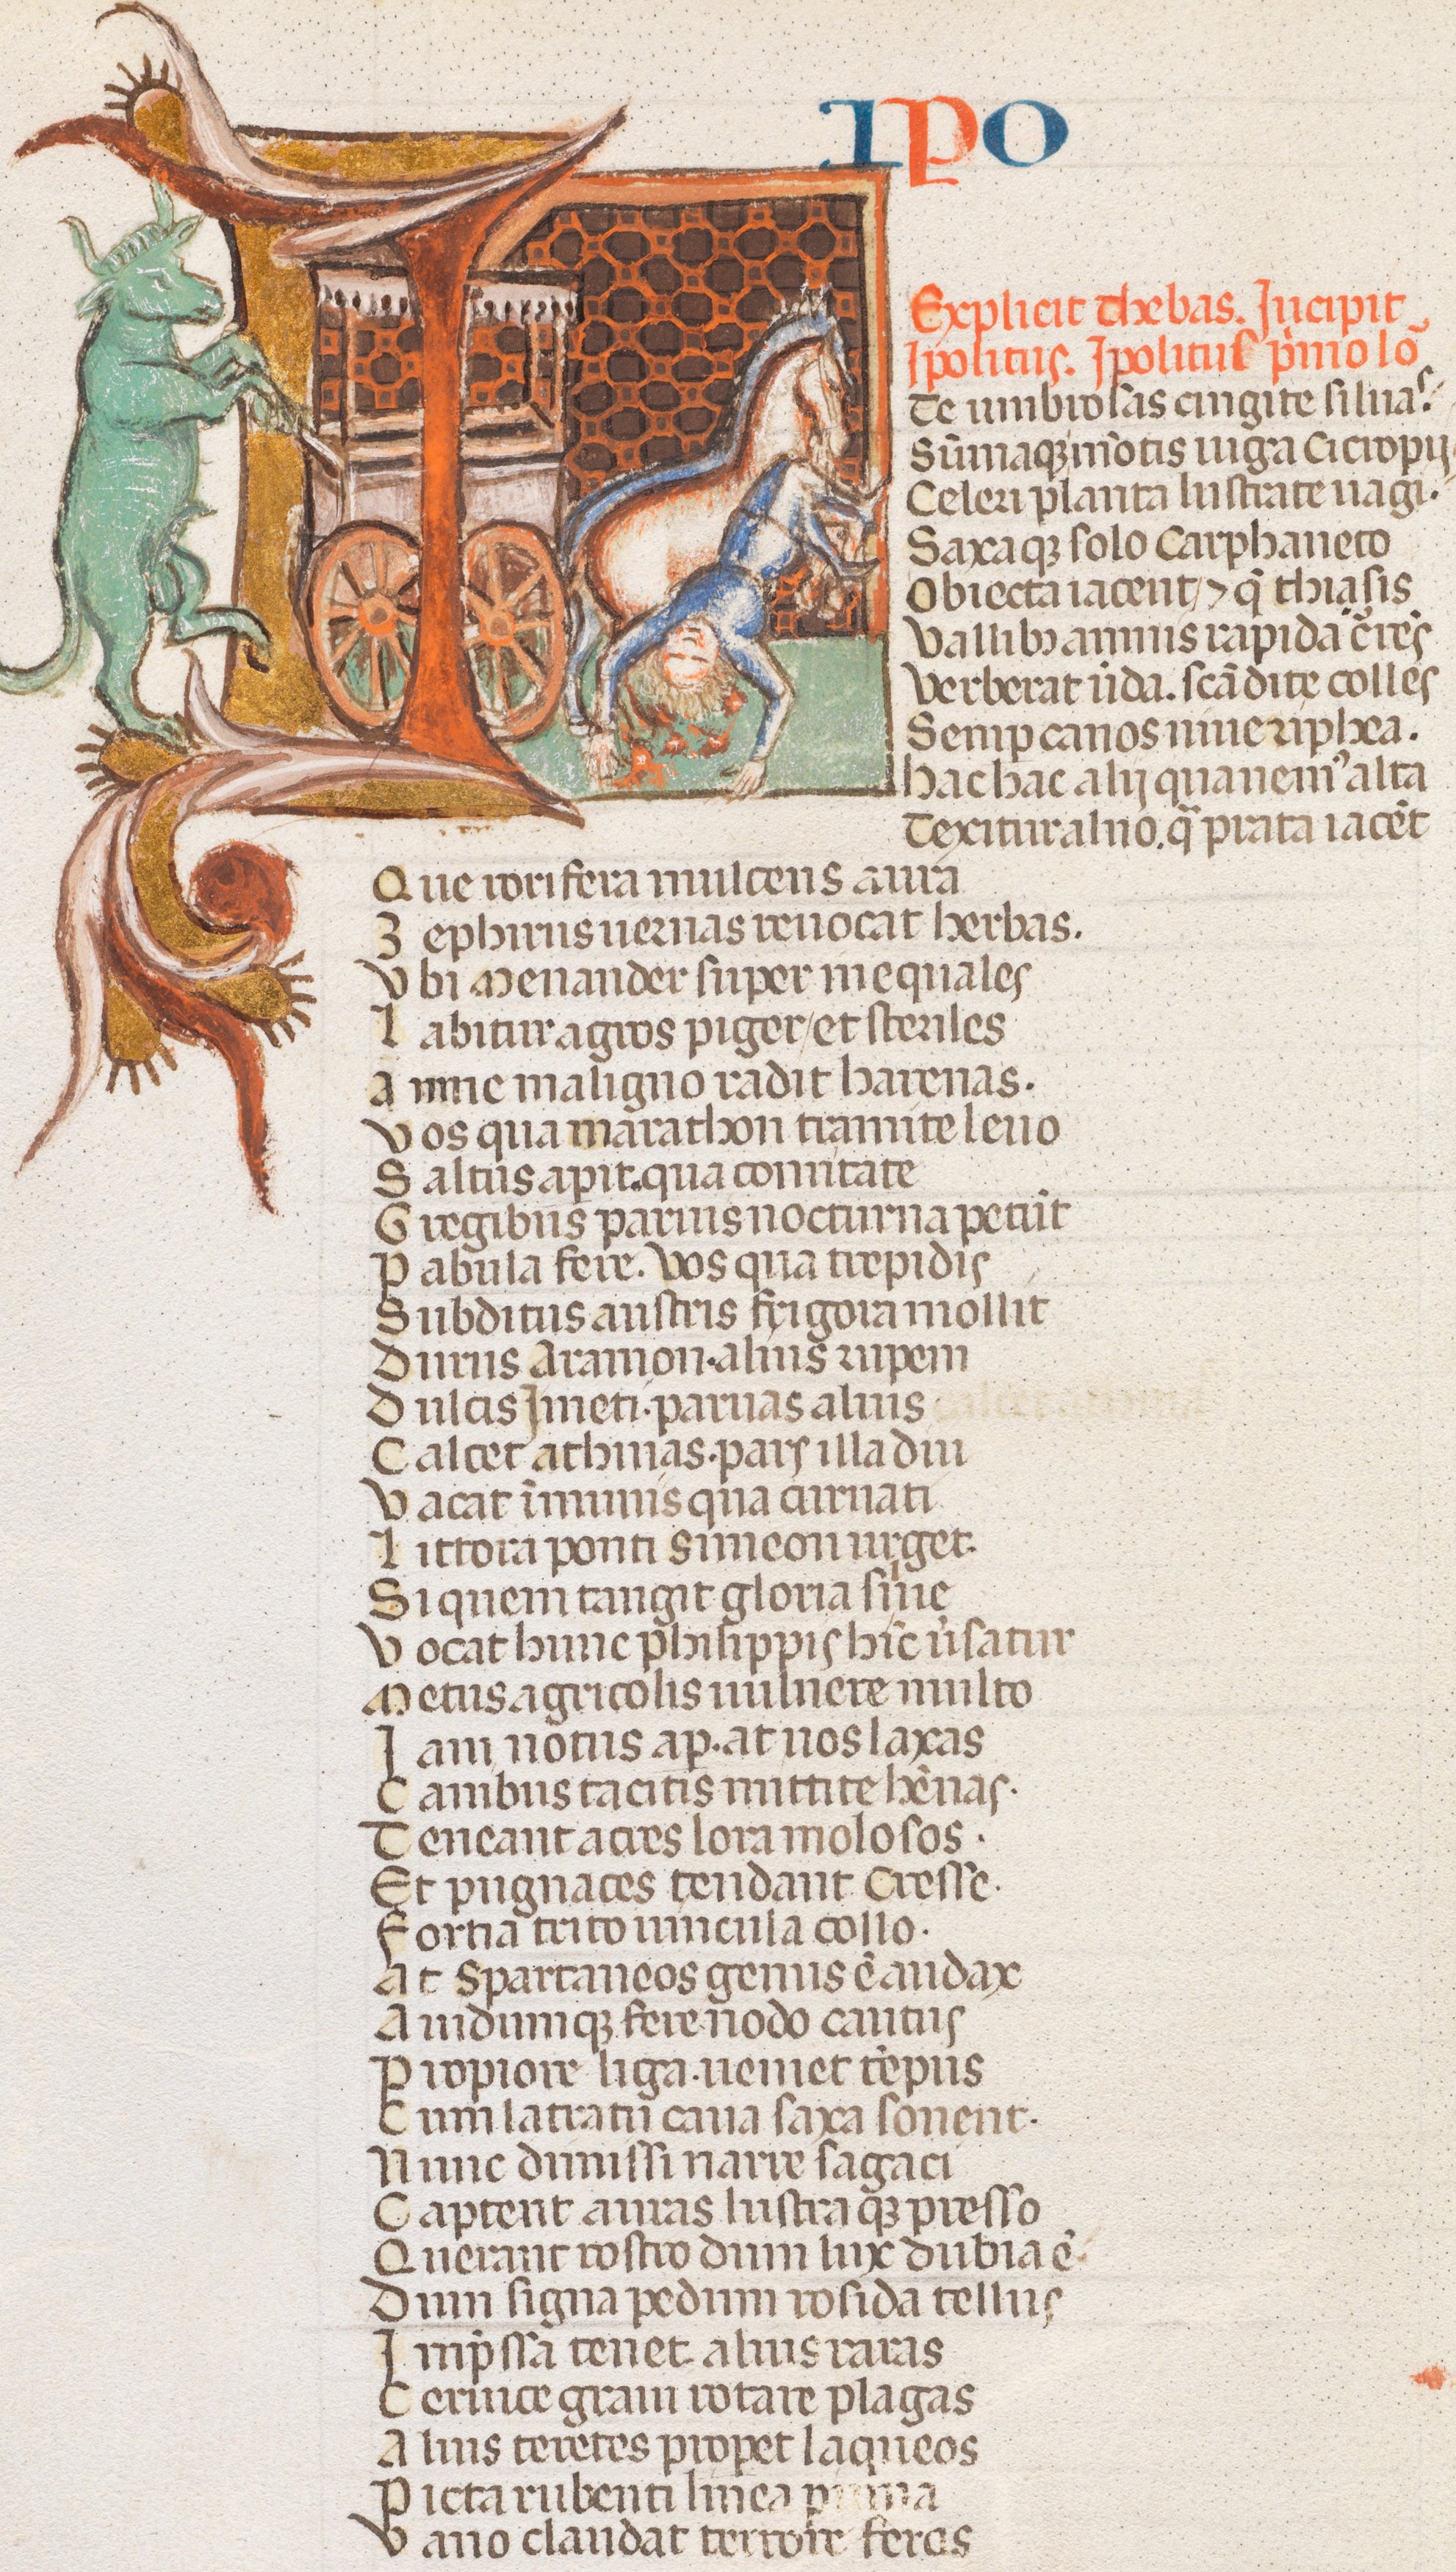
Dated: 1300–1399